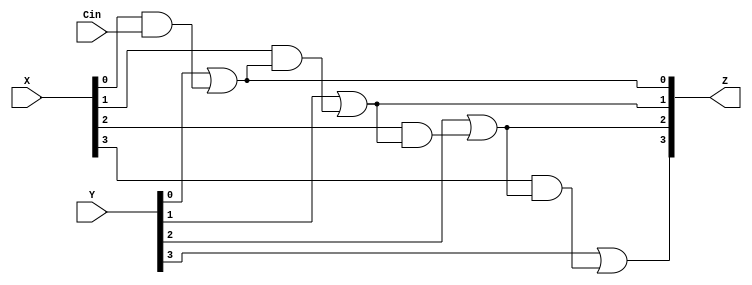
`timescale 1ns / 1ps
//////////////////////////////////////////////////////////////////////////////////
// Company: 
// Engineer: 
// 
// Design Name: 
// Module Name: cla_gen
// Project Name: 
// Target Devices: 
// Tool Versions: 
// Description: 
// 
// Dependencies: 
// 
// Revision:
// Revision 0.01 - File Created
// Additional Comments:
// 
//////////////////////////////////////////////////////////////////////////////////


module cla_gen(X, Y, Cin, Z);

    input [3:0] X, Y;
    input Cin;
    output wire [3:0] Z;
    
    assign Z[0] = Y[0] | (X[0] & Cin);
    assign Z[1] = Y[1] | (X[1] & (Y[0] | (X[0] & Cin)));    
    assign Z[2] = Y[2] | (X[2] & (Y[1] | (X[1] & (Y[0] | (X[0] & Cin)))));
    assign Z[3] = Y[3] | (X[3] & (Y[2] | (X[2] & (Y[1] | (X[1] & (Y[0] | (X[0] & Cin)))))));
    
endmodule